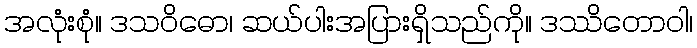
အလုံးစုံ။ ဒသဝိဓော၊ ဆယ်ပါးအပြားရှိသည်ကို။ ဒဿိတောဝါ၊